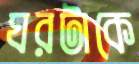
ঘরটাকে